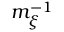
m _ { \xi } ^ { - 1 }